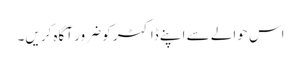
اس حوالے سے اپنے ڈاکٹر کو ضرور آگاہ کریں۔